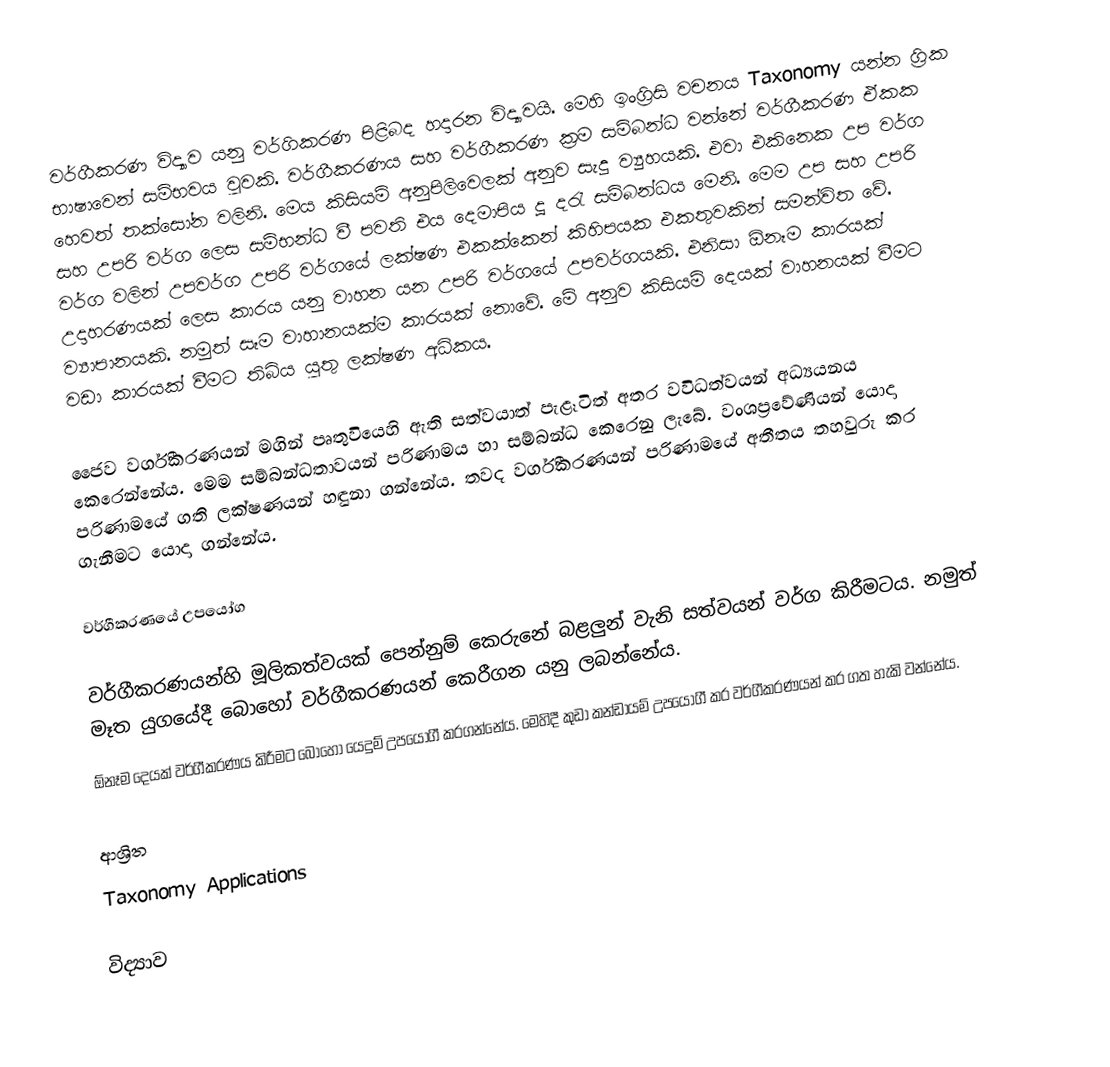
වර්ගීකරණ විද්‍යාව යනු වර්ගිකරණ පිළිබද හදාරන විද්‍යාවයි. මෙහි ඉංග්‍රිසි වචනය Taxonomy  යන්න ග්‍රික භාෂාවෙන් සම්භවය වුවකි. වර්ගීකරණය සහ වර්ගීකරණ ක්‍රම සම්බන්ධ වන්නේ වර්ගීකරණ ඒකක හෙවත් තක්සෝන වලිනි. මෙය කිසියම් අනුපිලිවෙලක් අනුව සැදු ව්‍යුහයකි. එවා එකිනෙක උප වර්ග සහ උපරි වර්ග ලෙස සම්භන්ධ වී පවති එය දෙමාපිය දූ දරැ සම්බන්ධය මෙනි. මෙම උප සහ උපරි වර්ග වලින් උපවර්ග උපරි වර්ගයේ ලක්ෂණ එකක්කෙන් කිහිපයක එකතුවකින් සමන්විත වේ. උදාහරණයක් ලෙස කාරය යනු වාහන යන උපරි වර්ගයේ උපවර්ගයකි. එනිසා ඕනෑම කාරයක් ව්‍යාපානයකි. නමුත් සෑම වාහානයක්ම කාරයක් නොවේ. මේ අනුව කිසියම් දෙයක් වාහනයක් වීමට වඩා කාරයක් වීමට තිබිය යුතු ලක්ෂණ අධිකය.

ජෛව වර්ගීකරණයන් මගින් පෘතුවියෙහි ඇති සත්වයාත් පැළෑටිත් අතර වවිධත්වයන් අධ්‍යයනය කෙරෙන්නේය. මෙම සම්බන්ධතාවයන් පරිණාමය හා සම්බන්ධ කෙරෙනු ලැබේ. වංශප්‍රවේණියන් යොදා පරිණාමයේ ගති ලක්ෂණයන් හඳුනා ගන්නේය. තවද  වර්ගීකරණයන් පරිණාමයේ අතීතය තහවුරු කර ගැනීමට යොදා  ගන්නේය.

වර්ගීකරණයේ උපයෝග

වර්ගීකරණයන්හි මූලිකත්වයක් පෙන්නුම් කෙරුනේ බළලුන් වැනි සත්වයන් වර්ග කිරීමටය. නමුත් මෑත යුගයේදී බොහෝ  වර්ගීකරණයන් කෙරීගන යනු ලබන්නේය.
ඕනෑම දෙයක් වර්ගීකරණය කිරීමට බොහෝ යෙදුම් උපයෝගී කරගන්නේය. මෙහිදී කුඩා කන්ඩායම් උපයෝගී කර වර්ගීකරණයන් කර ගත හැකි වන්නේය.

ආශ්‍රිත
Taxonomy Applications

විද්‍යාව